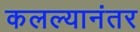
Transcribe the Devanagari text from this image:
कलल्यानंतर